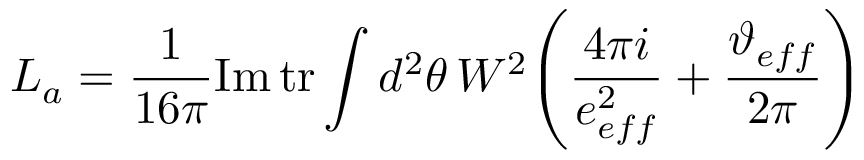
L _ { a } = \frac { 1 } { 1 6 \pi } \mathrm { I m } \, \mathrm { t r } \int d ^ { 2 } \theta \, W ^ { 2 } \Bigg ( \frac { 4 \pi i } { e _ { e f f } ^ { 2 } } + \frac { \vartheta _ { e f f } } { 2 \pi } \Bigg )